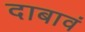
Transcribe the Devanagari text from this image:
दाबावं